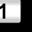
Digit: 1